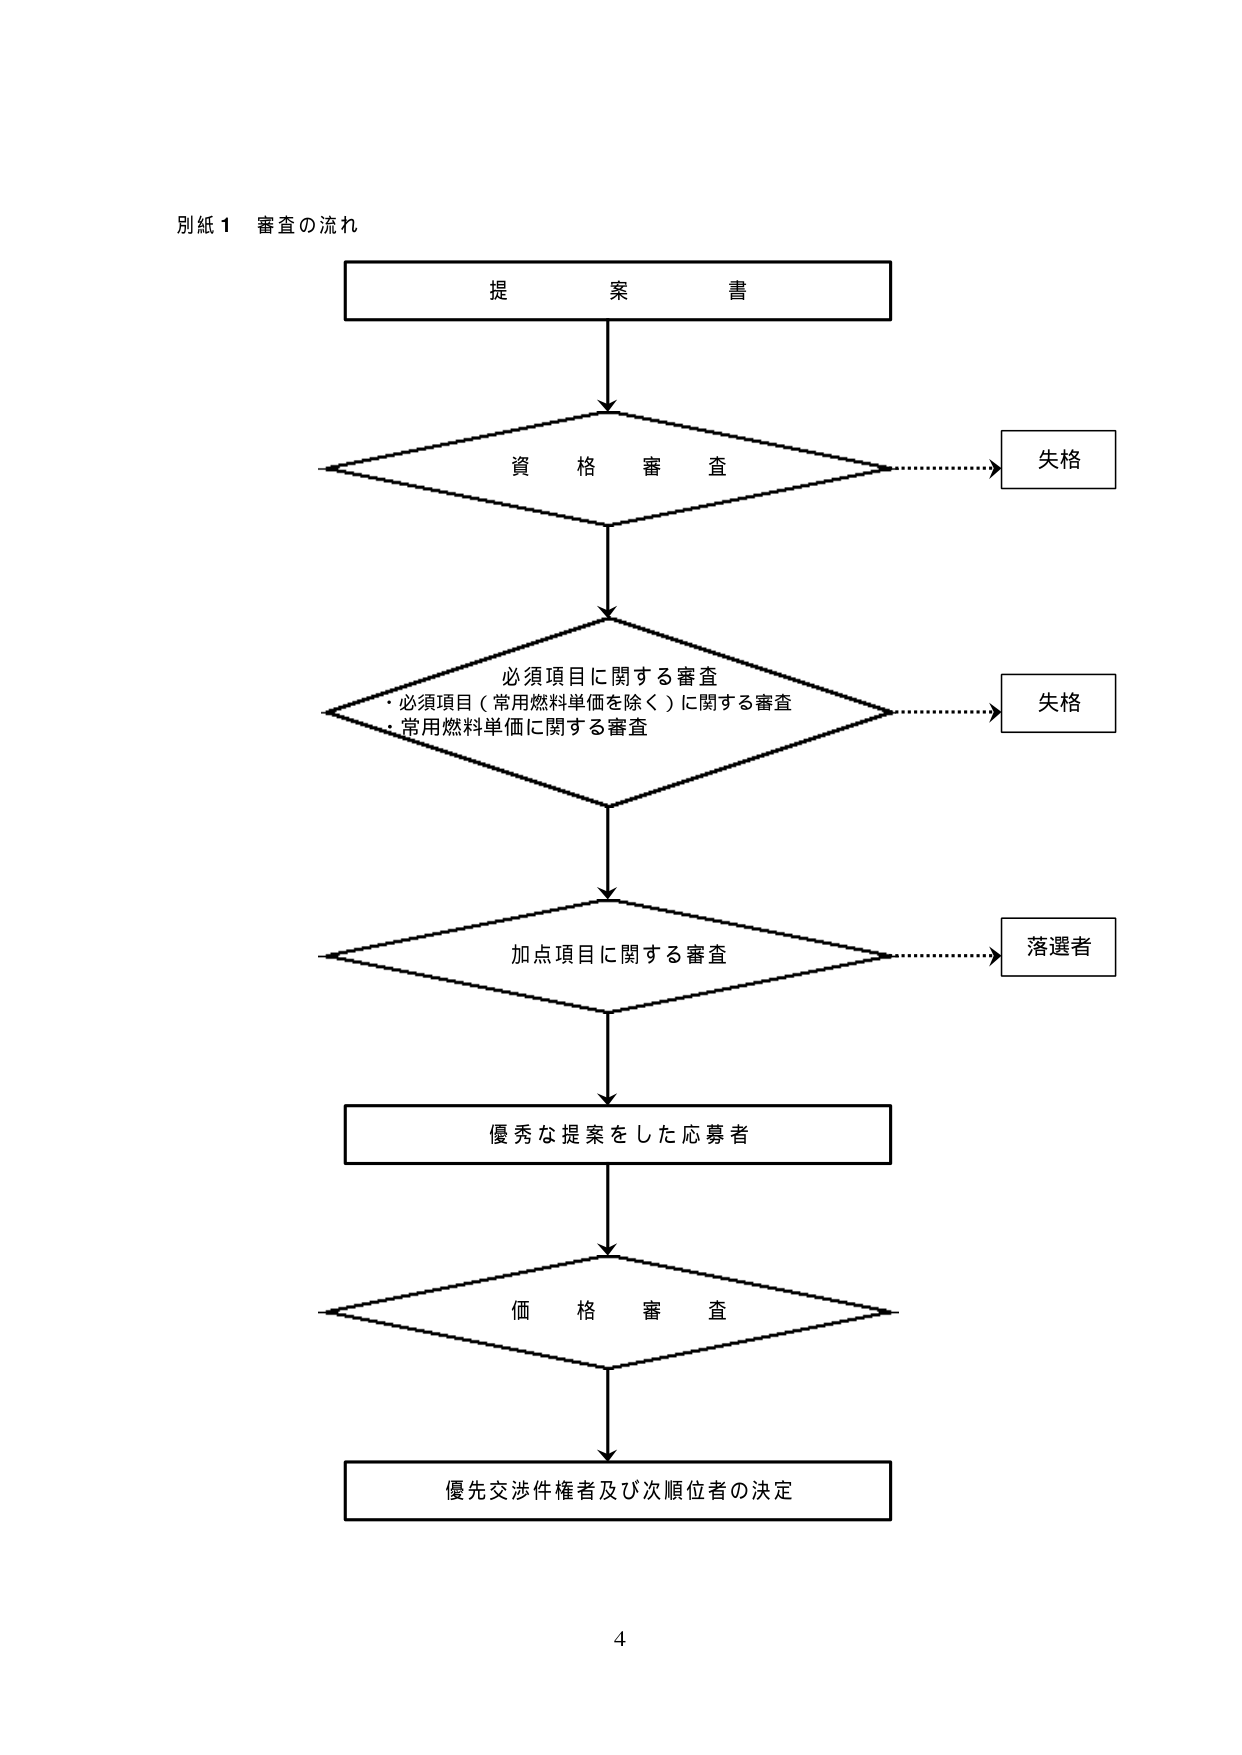
別紙１ 審査の流れ

提案書

資格審査
→ 失格

必須項目に関する審査
・必須項目（常用燃料単価を除く）に関する審査
・常用燃料単価に関する審査
→ 失格

加点項目に関する審査
→ 落選者

優秀な提案をした応募者

価格審査

優先交渉件権者及び次順位者の決定

4